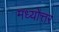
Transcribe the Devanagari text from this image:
मध्योत्तर